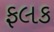
ફલક